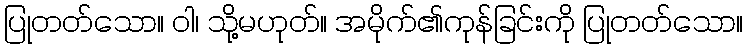
ပြုတတ်သော။ ဝါ၊ သို့မဟုတ်။ အမိုက်၏ကုန်ခြင်းကို ပြုတတ်သော။